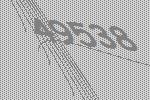
49538